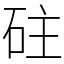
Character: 砫